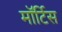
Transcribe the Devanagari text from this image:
मॉर्टिस